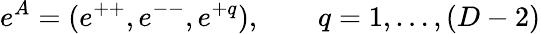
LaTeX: e^{A}=(e^{++},e^{--},e^{+q}),\qquad q=1,\ldots,(D-2)